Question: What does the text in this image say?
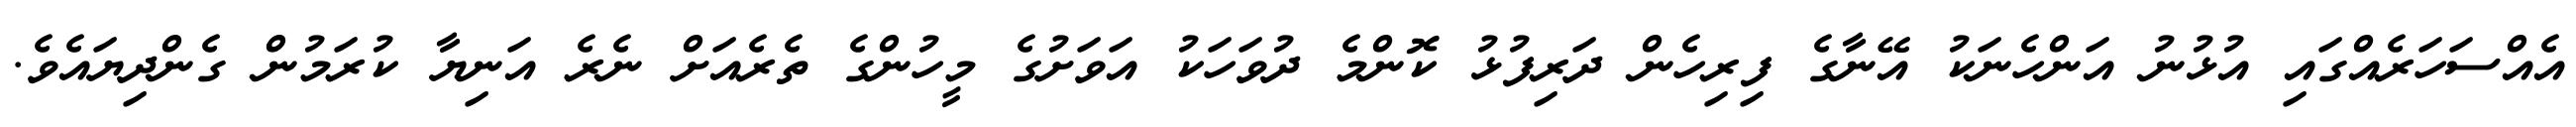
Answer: އެއްސަހަރެއްގައި އުޅުނު އަންހެނަކު އޭނާގެ ފިރިހެން ދަރިފުޅު ކޮންމެ ދުވަހަކު އަވަށުގެ މީހުންގެ ތެރެއަށް ނެރެ އަނިޔާ ކުރަމުން ގެންދިޔައެވެ.